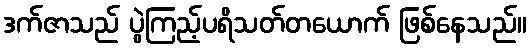
ဒက်ဇာသည် ပွဲကြည့်ပရိသတ်တယောက် ဖြစ်နေသည်။